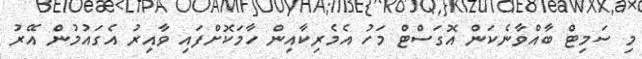
މި ސަމިޓް ބާއްވާނެކަން އޮގަސްޓް މަހު އެމެރިކާއިން ހާމަކޮށްފައި ވާއިރު އެގައުމުން އޭރު